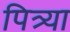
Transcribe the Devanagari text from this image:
पित्र्या